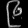
Digit: ၉